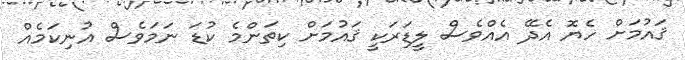
ޤައުމަށް ހެޔޮ އެދޭ އެއްވެސް ލީޑަރަކީ ޤައުމަށް ކިތަންމެ ކުޑަ ނަމަވެސް އުނިކަމެއް